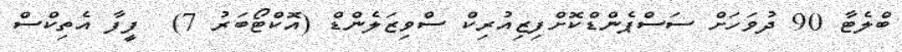
ބްލެޓާ 90 ދުވަހަށް ސަސްޕެންޑްކޮށްފިޒިއުރިކް ސްވިޒަލެންޑް (އޮކްޓޯބަރު 7)  ފީފާ އެތިކްސް